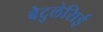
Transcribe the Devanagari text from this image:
बेटुलेसिई